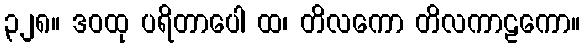
၃၂၈။ ဒဝထု ပရိတာပေါ ထ၊ တိလကော တိလကာဠကော။